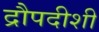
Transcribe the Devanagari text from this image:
द्रौपदीशी